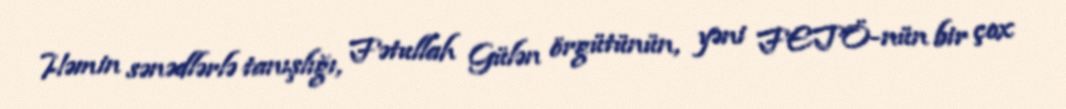
Həmin sənədlərlə tanışlığı, Fətullah Gülən örgütünün, yəni FETÖ-nün bir çox